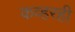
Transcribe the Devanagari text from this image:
कव्हरही